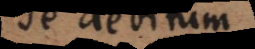
se debitum